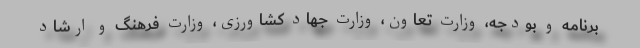
برنامه و بودجه، وزارت تعاون، وزارت جهاد کشاورزی، وزارت فرهنگ و ارشاد